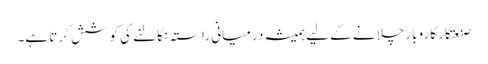
صنعتکار کاروبار چلانے کے لیے ہمیشہ درمیانی راستہ نکالنے کی کوشش کرتا ہے۔